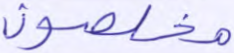
مخلصون